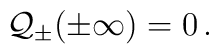
{\cal Q}_{\pm }(\pm \infty )=0\, .